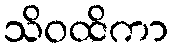
သိဝထိကာ